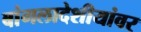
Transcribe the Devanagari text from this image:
बांगलादेशीयांवर